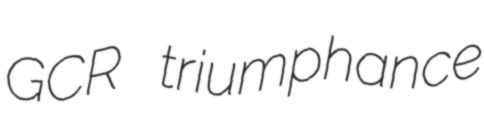
GCR triumphance